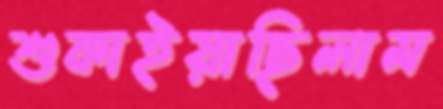
শুকাইয়াছিলাম